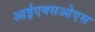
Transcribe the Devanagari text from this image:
आईएक्सओएस